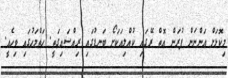
މިކޮޅަށް އަންނަން ފުރަން އޮތް ރޭގައި ކުއްލިއަކަށޯ ބަނޑުގައި ރިއްސައިގަތީ. ހަތްމަހުގައި ވިހެއީ.